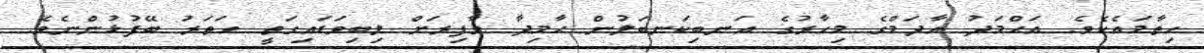
ހިތާމައެކެވެ. އަޙްމަދު އާދަމްގެ މިހާރުގެ އަނބިކަނބަލުން ޙާމިދާ ވާފިރަށް ލިބިވަޑައިގަތީ ހަތަރު ބޭފުޅުންނެވެ.